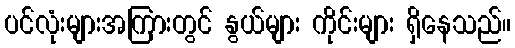
ပင်လုံးများအကြားတွင် နွယ်များ ကိုင်းများ ရှိနေသည်။